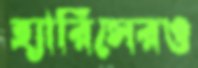
হ্যারিসেরও